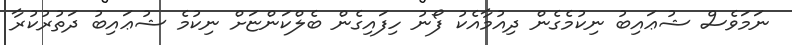
ނަމަވެސް ޝުޢައިބު ނިކުމެގެން ދިއުމާއެކު ފޯނު ހިފައިގެން ބެލްކަންޏަށް ނިކުމެ ޝުޢައިބު ދަތުރުކުރާ